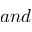
a n d